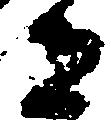
寺